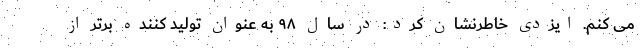
می کنم. ایزدی خاطرنشان کرد: در سال ۹۸ به عنوان تولید کننده برتر از